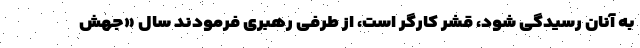
به آنان رسیدگی شود، قشر کارگر است، از طرفی رهبری فرمودند سال «جهش